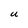
Character: U